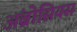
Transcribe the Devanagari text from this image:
अंब्रोसियस